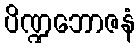
ပိဏ္ဍဘောဇနံ